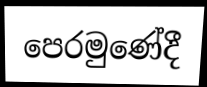
පෙරමුණේදී